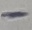
Text: -